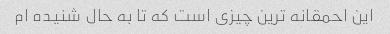
این احمقانه ترین چیزی است که تا به حال شنیده ام